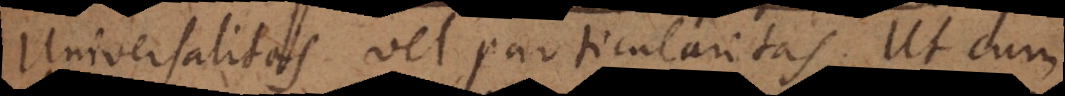
universalitas vel particularitas. Ut cum